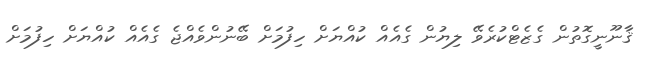
ޤާނޫނީގޮތުން ގެޒެޓްކުރެވޭ ލިޔުން ގެއެއް ކުއްޔަށް ހިފުމަށް ބޭނުންވެއްޖެ ގެއެއް ކުއްޔަށް ހިފުމަށް